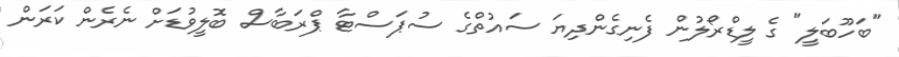
"ބަހޫބަލީ" ގެ ލީޑްރޯލުން ފެނިގެންދިޔަ ސައުތްގެ ސުޕަސްޓާ ޕްރަބާސް ބޮލީވުޑަށް ނެރެން ކަރަން